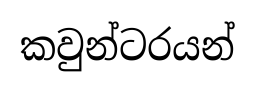
කවුන්ටරයන්